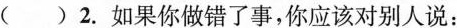
( ) 2.如果你做错了事,你应该对别人说: